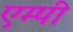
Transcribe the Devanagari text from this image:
एम्पी